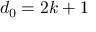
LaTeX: d _ { 0 } = 2 k + 1